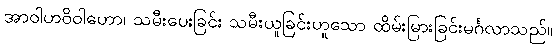
အာဝါဟဝိဝါဟော၊ သမီးပေးခြင်း သမီးယူခြင်းဟူသော ထိမ်းမြားခြင်းမင်္ဂလာသည်။